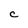
Character: c